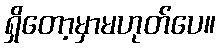
ရှိတော့မှာမဟုတ်ပေ။